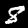
Label: 8